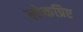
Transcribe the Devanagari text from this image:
लोकप्रिए